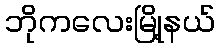
ဘိုကလေးမြို့နယ်